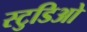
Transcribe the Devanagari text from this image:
स्टुडिओ